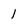
Character: 1